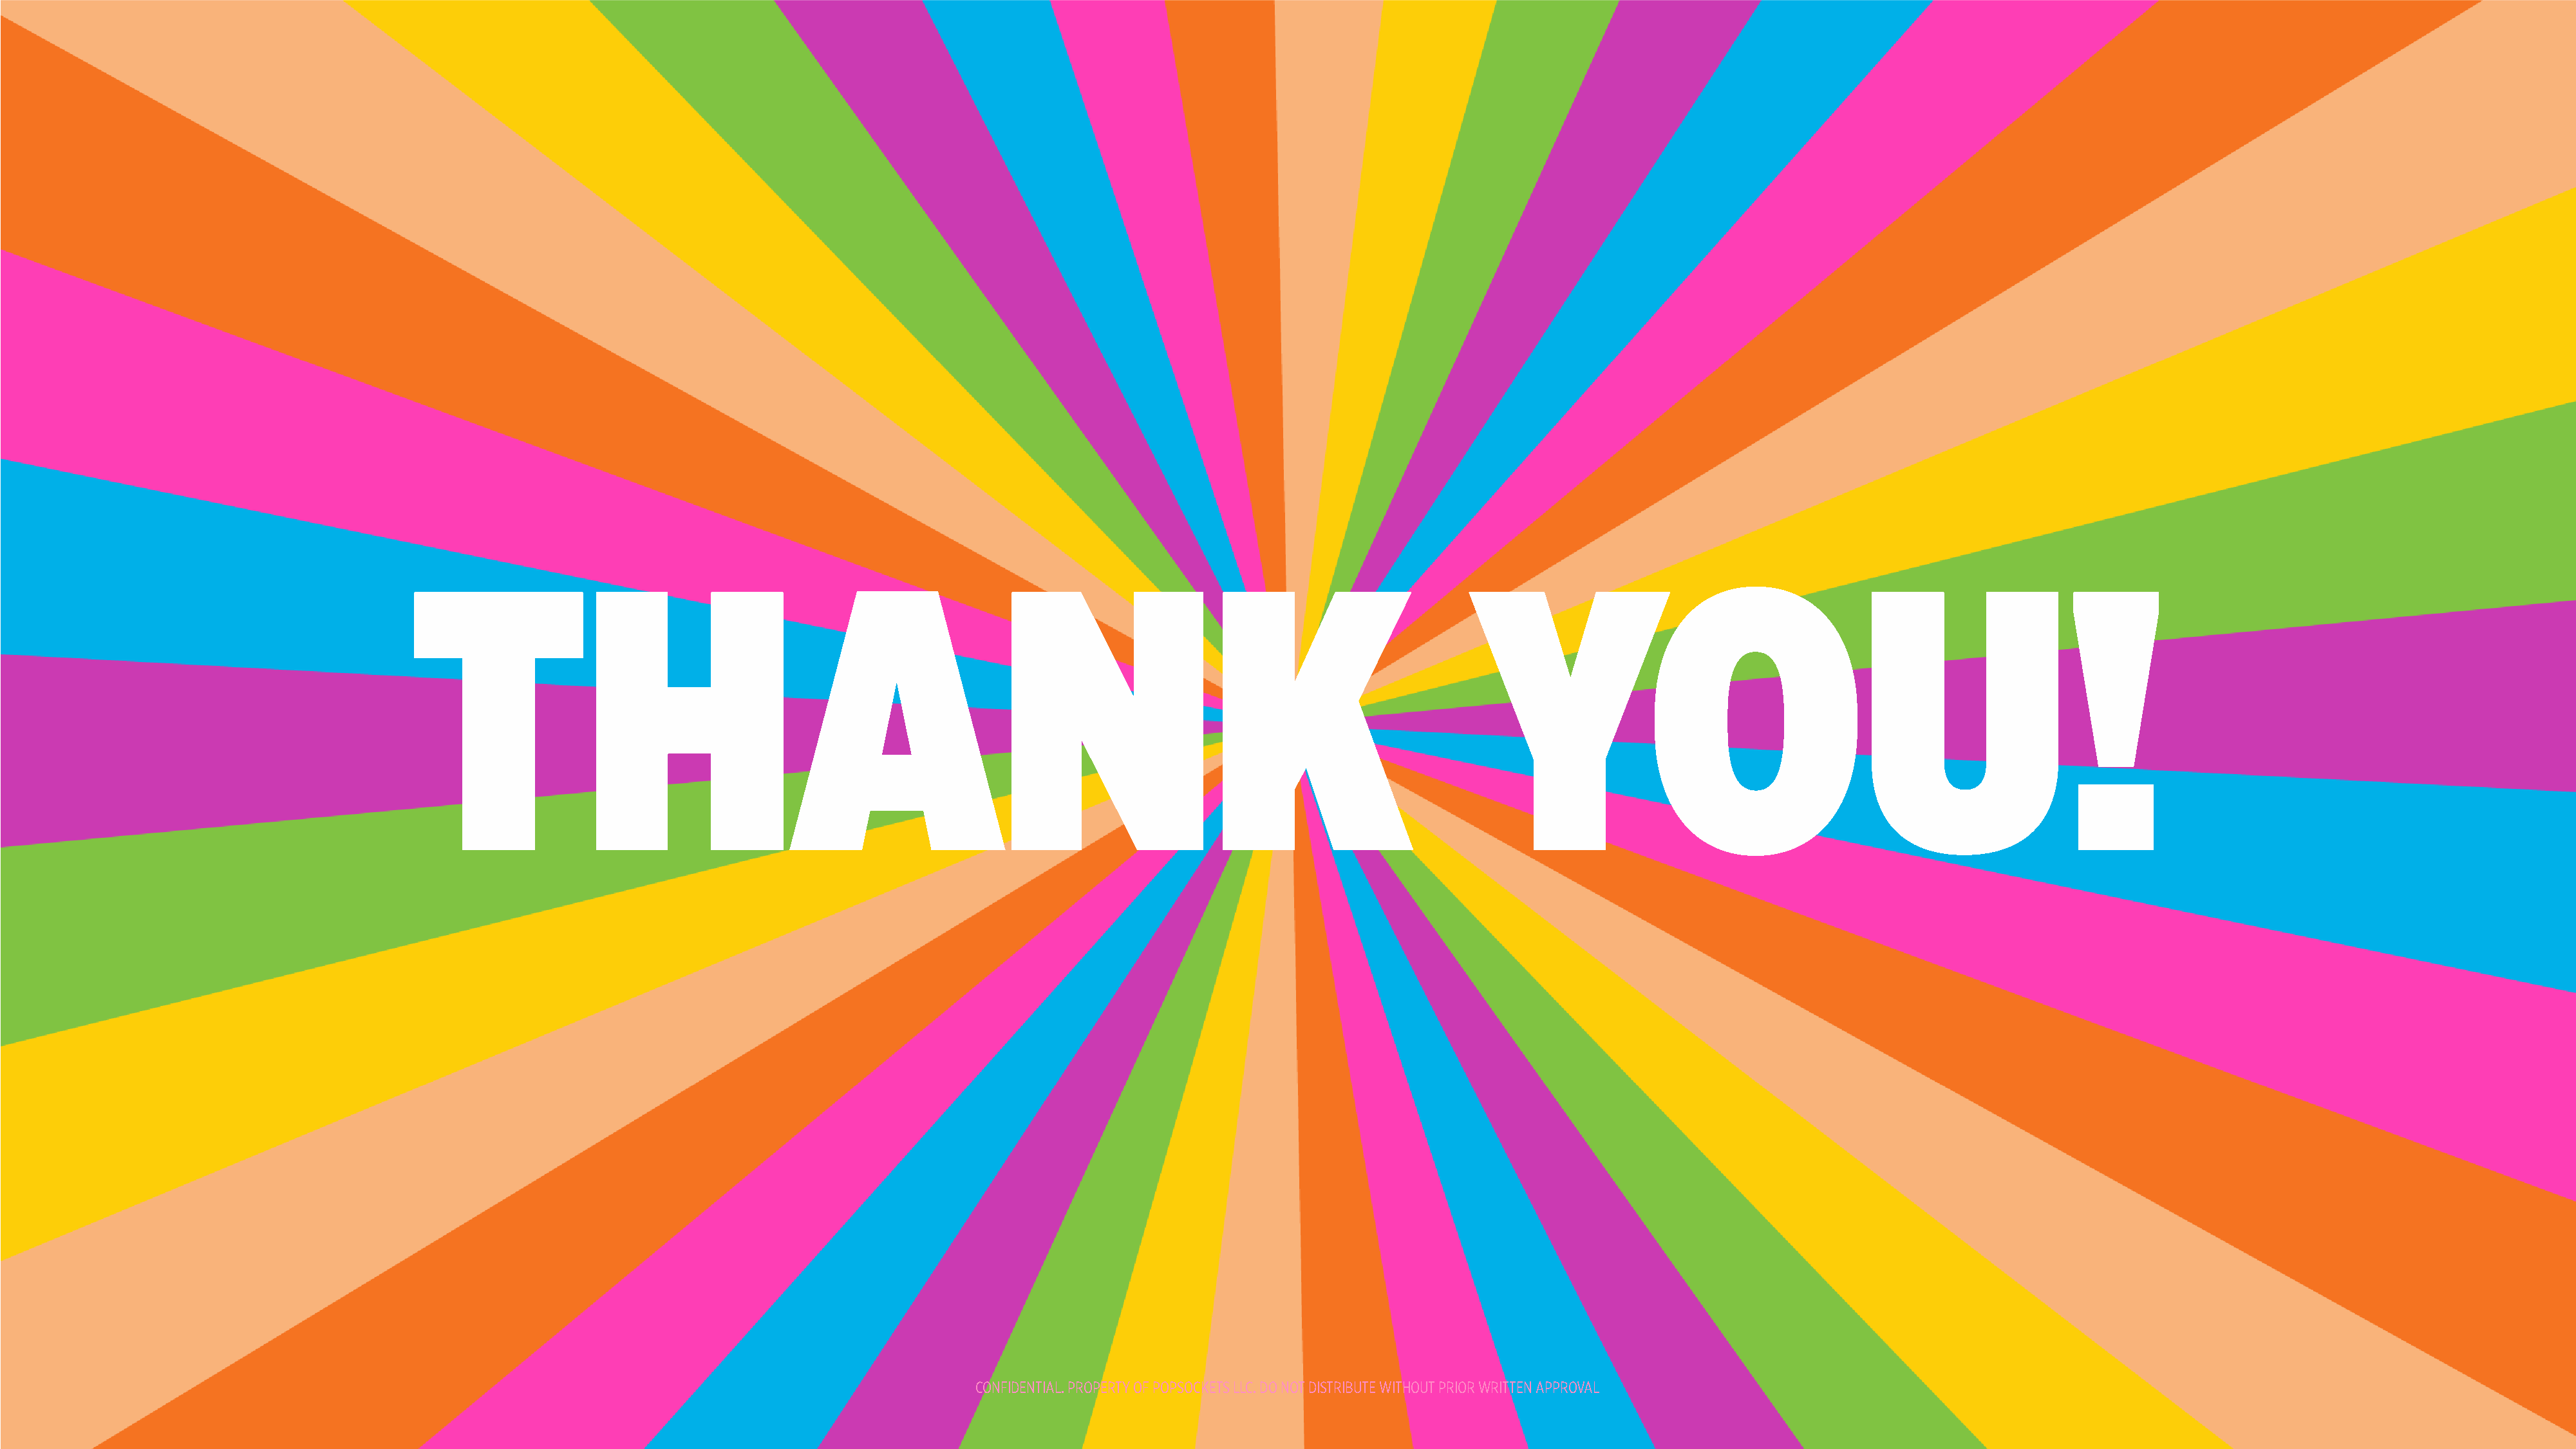
THANK                                                                                                        YOU!
 CONFIDENTIAL. PROPERTY OF POPSOCKETS LLC. DO NOT DISTRIBUTE WITHOUT PRIOR WRITTEN APPROVAL